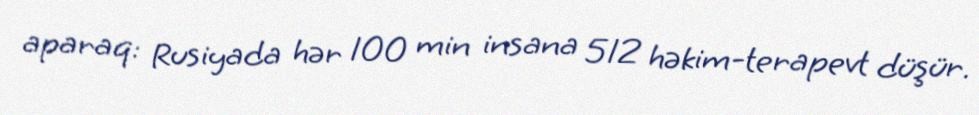
aparaq: Rusiyada hər 100 min insana 512 həkim-terapevt düşür.